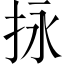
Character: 𢫕